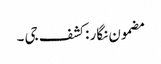
مضمون نگار : کشف جی ۔